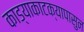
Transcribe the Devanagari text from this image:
काड्याकाटक्यापासुन